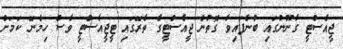
ޖީއެސްޓީ ގާނޫނުގައި ބުނެފައިވާ ގޮތުން ޖީއެސްޓީގެ ތެރޭގައި ޓީޖީއެސްޓީ ވެސް ހިމެނޭ ކަމަށް